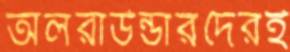
অলরাউন্ডারদেরই